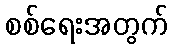
စစ်ရေးအတွက်